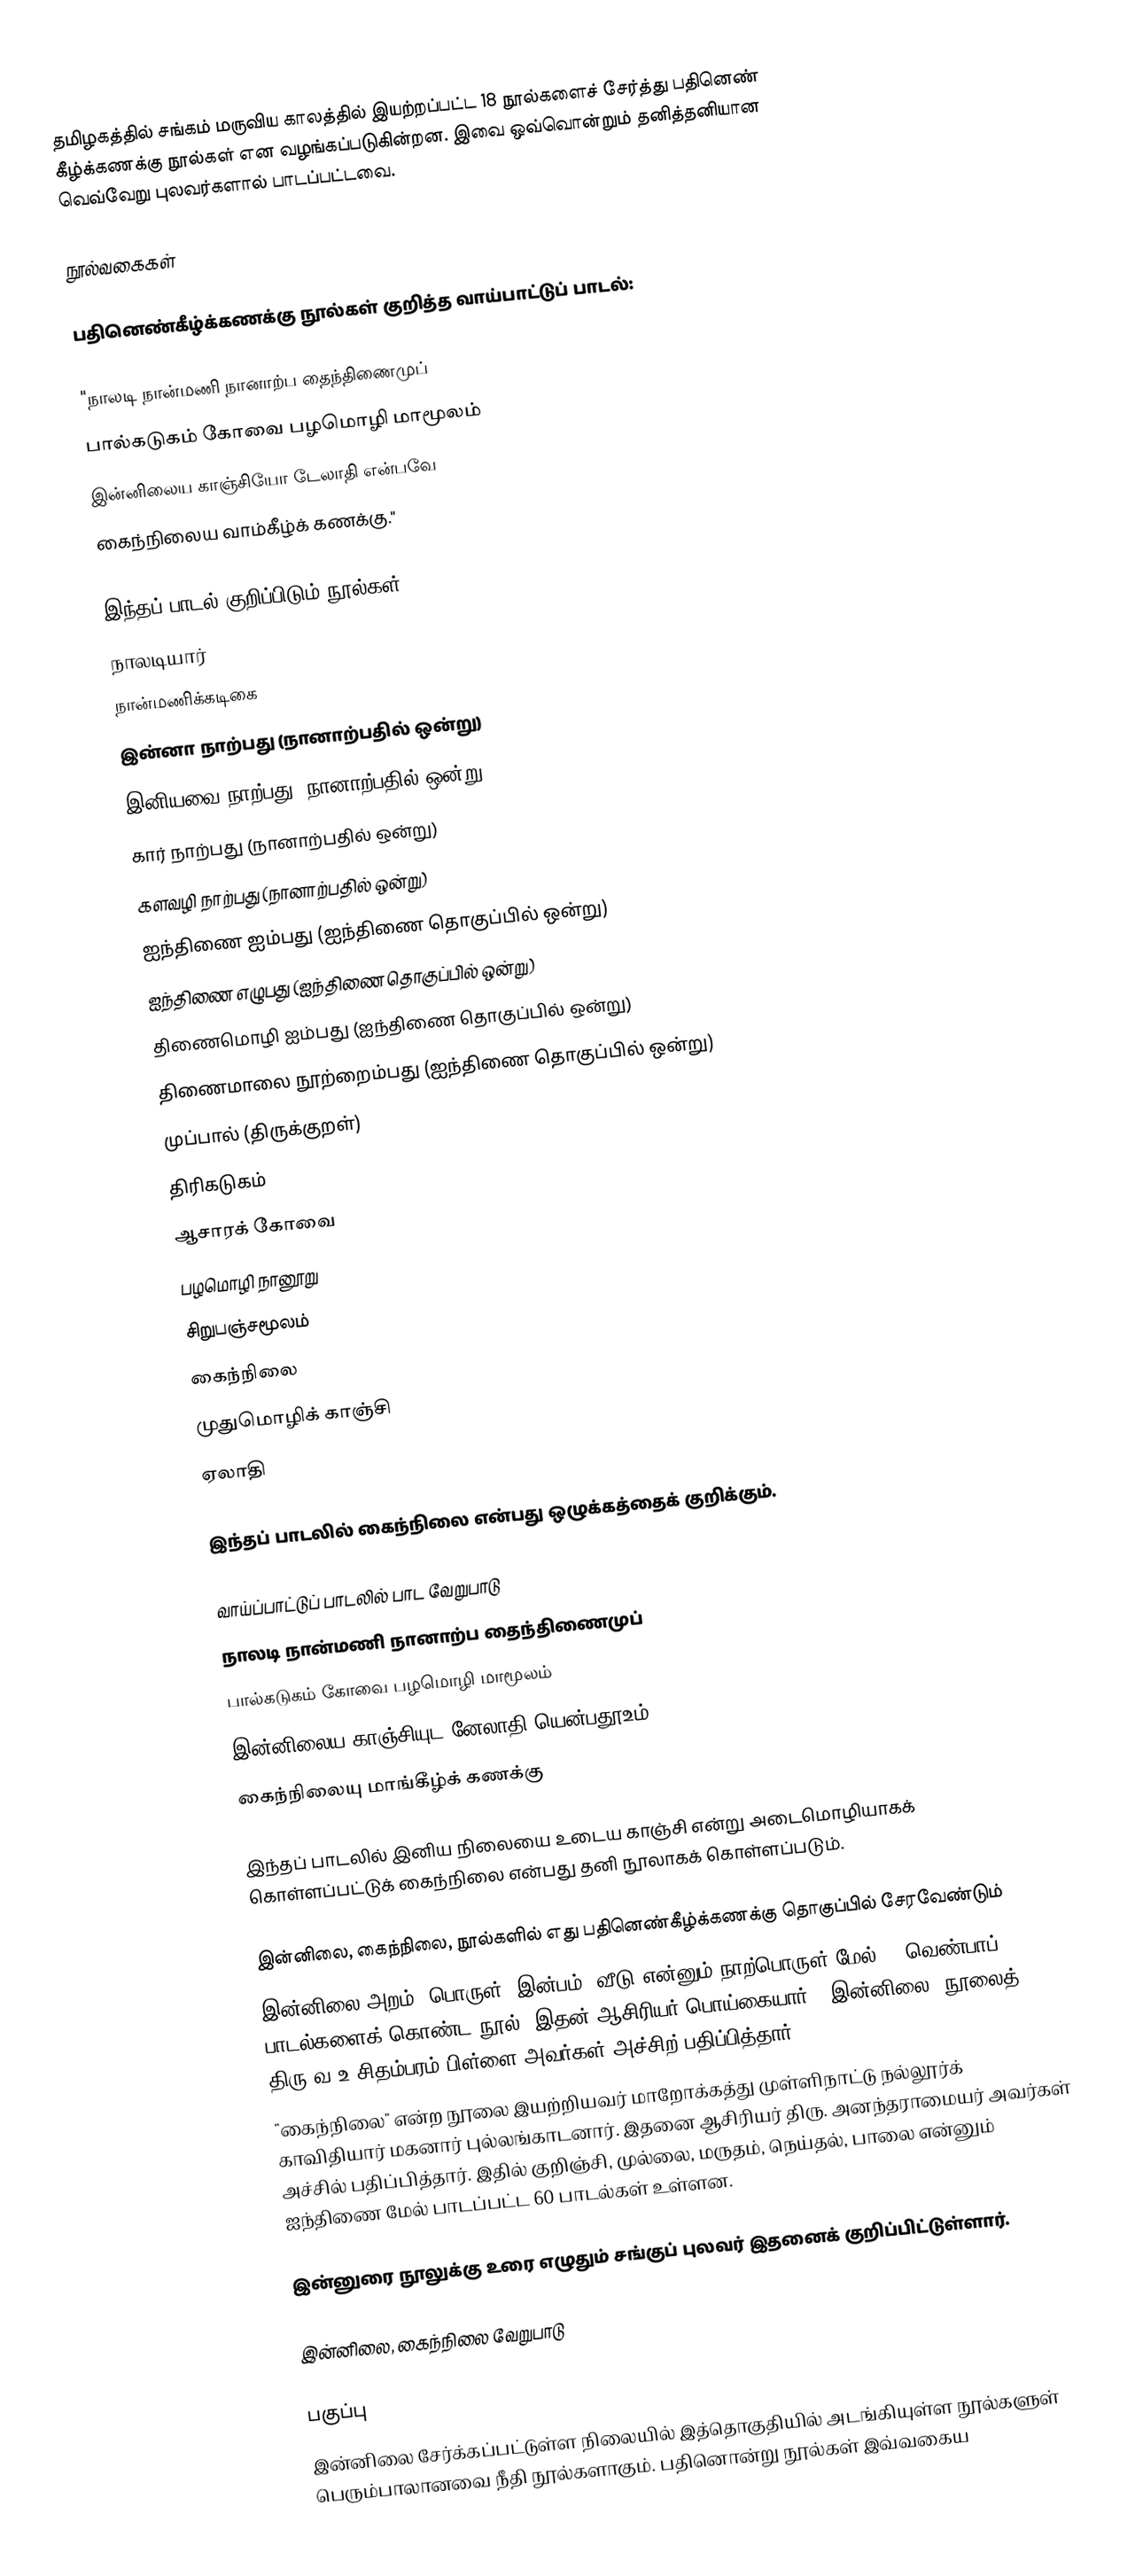
தமிழகத்தில் சங்கம் மருவிய காலத்தில் இயற்றப்பட்ட 18 நூல்களைச் சேர்த்து பதினெண் கீழ்க்கணக்கு நூல்கள் என வழங்கப்படுகின்றன. இவை ஒவ்வொன்றும் தனித்தனியான வெவ்வேறு புலவர்களால் பாடப்பட்டவை.

நூல்வகைகள்

பதினெண்கீழ்க்கணக்கு நூல்கள் குறித்த வாய்பாட்டுப் பாடல்:

"நாலடி நான்மணி நானாற்ப தைந்திணைமுப்
பால்கடுகம் கோவை பழமொழி மாமூலம்
இன்னிலைய காஞ்சியோ டேலாதி என்பவே
கைந்நிலைய வாம்கீழ்க் கணக்கு."

இந்தப் பாடல் குறிப்பிடும் நூல்கள்
 நாலடியார்
 நான்மணிக்கடிகை
 இன்னா நாற்பது (நானாற்பதில் ஒன்று)
 இனியவை நாற்பது (நானாற்பதில் ஒன்று)
 கார் நாற்பது (நானாற்பதில் ஒன்று)
 களவழி நாற்பது (நானாற்பதில் ஒன்று)
 ஐந்திணை ஐம்பது (ஐந்திணை தொகுப்பில் ஒன்று)
 ஐந்திணை எழுபது (ஐந்திணை தொகுப்பில் ஒன்று)
 திணைமொழி ஐம்பது (ஐந்திணை தொகுப்பில் ஒன்று)
 திணைமாலை நூற்றைம்பது (ஐந்திணை தொகுப்பில் ஒன்று)
 முப்பால் (திருக்குறள்)
 திரிகடுகம்
 ஆசாரக் கோவை
 பழமொழி நானூறு
 சிறுபஞ்சமூலம்
 கைந்நிலை
 முதுமொழிக் காஞ்சி
 ஏலாதி

இந்தப் பாடலில் கைந்நிலை என்பது ஒழுக்கத்தைக் குறிக்கும்.

வாய்ப்பாட்டுப் பாடலில் பாட வேறுபாடு
நாலடி நான்மணி நானாற்ப தைந்திணைமுப்
பால்கடுகம் கோவை பழமொழி மாமூலம்
இன்னிலைய காஞ்சியுட னேலாதி யென்பதூஉம்,
கைந்நிலையு மாங்கீழ்க் கணக்கு

இந்தப் பாடலில் இனிய நிலையை உடைய காஞ்சி என்று அடைமொழியாகக் கொள்ளப்பட்டுக் கைந்நிலை என்பது தனி நூலாகக் கொள்ளப்படும்.

இன்னிலை, கைந்நிலை, நூல்களில் எது பதினெண்கீழ்க்கணக்கு தொகுப்பில் சேரவேண்டும்
 இன்னிலை அறம், பொருள், இன்பம், வீடு என்னும் நாற்பொருள் மேல் 45 வெண்பாப் பாடல்களைக் கொண்ட நூல். இதன் ஆசிரியர் பொய்கையார். "இன்னிலை" நூலைத் திரு.வ.உ.சிதம்பரம் பிள்ளை அவர்கள் அச்சிற் பதிப்பித்தார்.
 "கைந்நிலை" என்ற நூலை இயற்றியவர் மாறோக்கத்து முள்ளிநாட்டு நல்லூர்க் காவிதியார் மகனார் புல்லங்காடனார். இதனை ஆசிரியர் திரு. அனந்தராமையர் அவர்கள் அச்சில் பதிப்பித்தார். இதில் குறிஞ்சி, முல்லை, மருதம், நெய்தல், பாலை என்னும் ஐந்திணை மேல் பாடப்பட்ட 60 பாடல்கள் உள்ளன.

இன்னுரை நூலுக்கு உரை எழுதும் சங்குப் புலவர் இதனைக் குறிப்பிட்டுள்ளார்.

இன்னிலை, கைந்நிலை வேறுபாடு

பகுப்பு
இன்னிலை சேர்க்கப்பட்டுள்ள நிலையில் இத்தொகுதியில் அடங்கியுள்ள நூல்களுள் பெரும்பாலானவை நீதி நூல்களாகும். பதினொன்று நூல்கள் இவ்வகைய